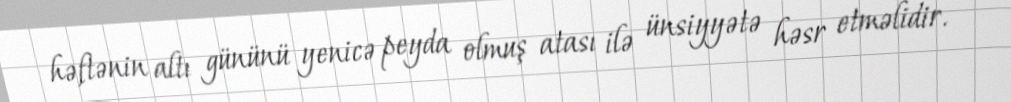
həftənin altı gününü yenicə peyda olmuş atası ilə ünsiyyətə həsr etməlidir.